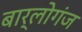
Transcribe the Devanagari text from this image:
बार्लोगंज